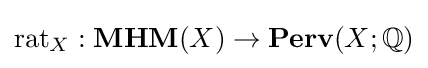
{\text{rat}}_{X}:{\textbf {MHM}}(X)\to {\textbf {Perv}}(X;\mathbb {Q} )